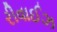
રીવાઈઝ